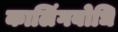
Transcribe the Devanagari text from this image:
कालिंगबोधि